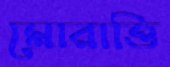
মোরাত্তি